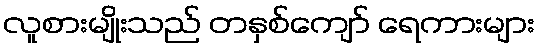
လူစားမျိုးသည် တနှစ်ကျော် ရေကားများ